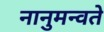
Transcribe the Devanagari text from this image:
नानुमन्वते